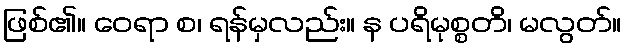
ဖြစ်၏။ ဝေရာ စ၊ ရန်မှလည်း။ န ပရိမုစ္စတိ၊ မလွတ်။